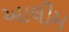
આલીમ